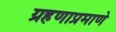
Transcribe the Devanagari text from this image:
ग्रहणाप्रमाणे